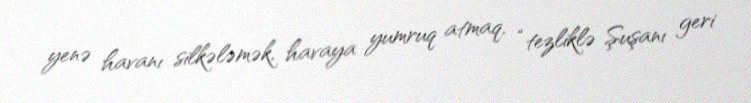
yenə havanı silkələmək, havaya yumruq atmaq, “tezliklə Şuşanı geri